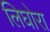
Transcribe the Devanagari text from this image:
लिघोरा